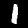
Digit: 1